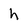
Character: h